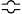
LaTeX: \Bumpeq